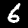
Digit: 6